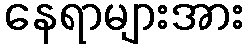
နေရာများအား